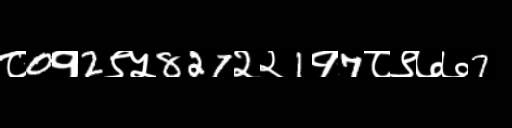
Text: ८0१2९५827२२1१7८९७७7